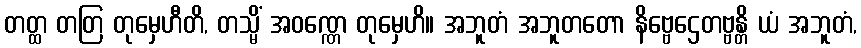
တတ္ထ တတြ တုမှေဟီတိ, တသ္မိံ အဝဏ္ဏေ တုမှေဟိ။ အဘူတံ အဘူတတော နိဗ္ဗေဌေတဗ္ဗန္တိ ယံ အဘူတံ,